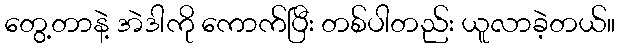
တွေ့တာနဲ့ အဲဒါကို ကောက်ပြီး တစ်ပါတည်း ယူလာခဲ့တယ်။